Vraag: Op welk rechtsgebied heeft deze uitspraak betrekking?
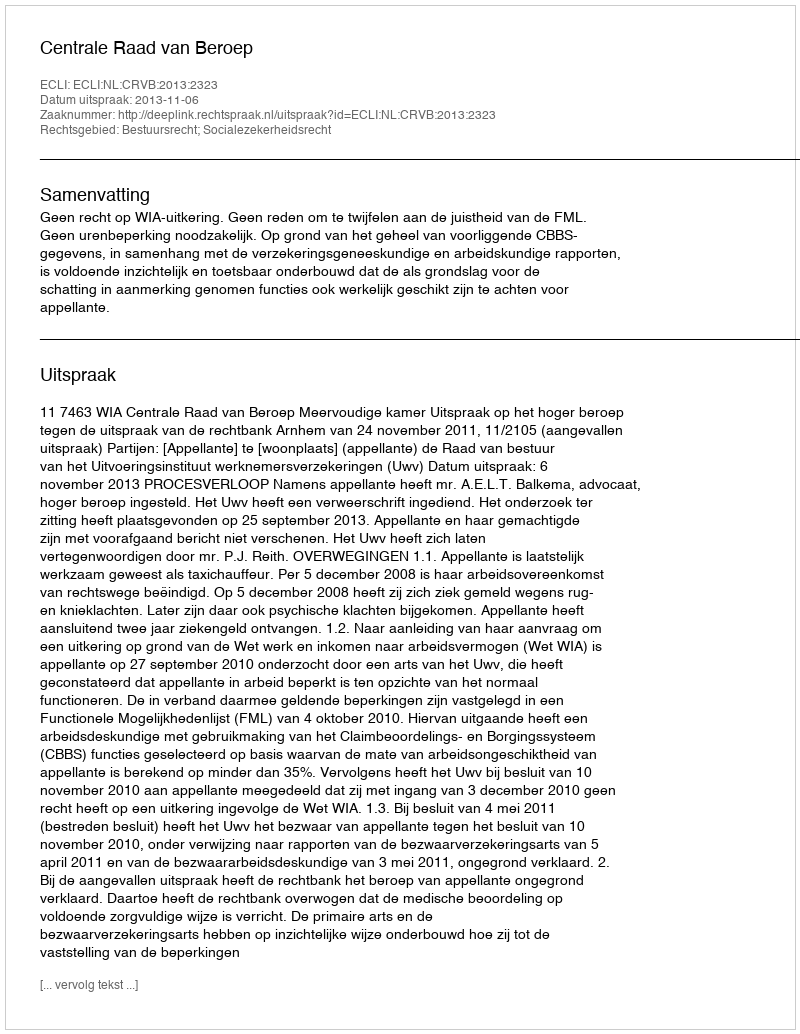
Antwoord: Bestuursrecht; Socialezekerheidsrecht